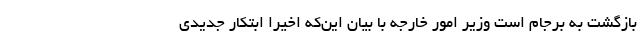
بازگشت به برجام است وزیر امور خارجه با بیان این‌که اخیرا ابتکار جدیدی